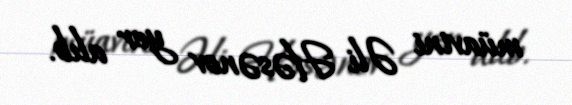
müavini Əli Həsənov yer alıb.